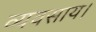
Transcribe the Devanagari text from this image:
व्यवसाय।